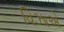
વિઝાએ